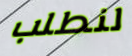
لنطلب